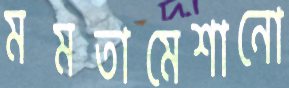
মমতামেশানো